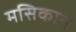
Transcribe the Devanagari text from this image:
मसिकात